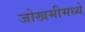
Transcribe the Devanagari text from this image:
जोखमीमध्ये